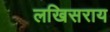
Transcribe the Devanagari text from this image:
लखिसराय